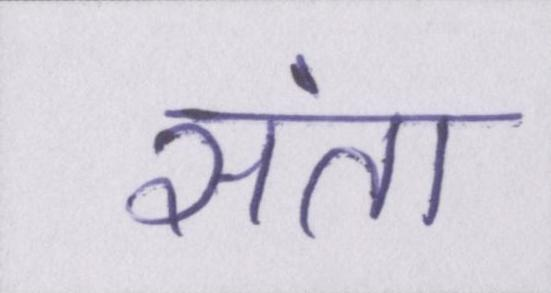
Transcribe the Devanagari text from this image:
संता